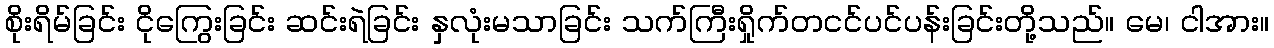
စိုးရိမ်ခြင်း ငိုကြွေးခြင်း ဆင်းရဲခြင်း နှလုံးမသာခြင်း သက်ကြီးရှိုက်တငင်ပင်ပန်းခြင်းတို့သည်။ မေ၊ ငါအား။